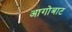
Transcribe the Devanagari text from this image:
आगोबाट